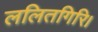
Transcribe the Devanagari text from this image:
ललितगिरि।